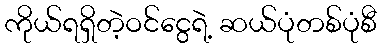
ကိုယ်ရရှိတဲ့ဝင်ငွေရဲ့ ဆယ်ပုံတစ်ပုံစီ